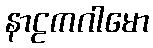
နာဠကဂါမော